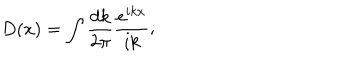
LaTeX: D ( x ) = \int \frac { d k } { 2 \pi } \frac { e ^ { i k x } } { i k } ;